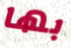
بها